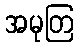
အမုတြ